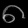
Digit: ၈